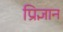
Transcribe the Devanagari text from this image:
प्रिज्ञान